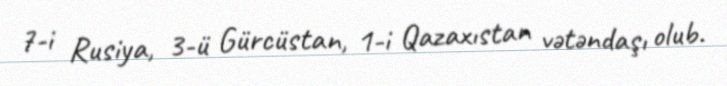
7-i Rusiya, 3-ü Gürcüstan, 1-i Qazaxıstan vətəndaşı olub.